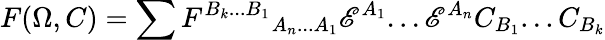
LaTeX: F(\Omega,C)=\sum{F^{B_{k}...B_{1}}}_{A_{n}...A_{1}}\mathscr{E}^{A_{1}}...\mathscr{E}^{A_{n}}C_{B_{1}}...C_{B_{k}}